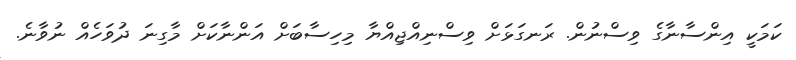
ކަމަކީ އިންސާނާގެ ވިސްނުން. ރަނގަޅަށް ވިސްނިއްޖިއްޔާ މިހިސާބަށް އަންނާކަށް މާގިނަ ދުވަހެއް ނުވާނެ.